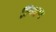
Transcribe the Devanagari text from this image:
लिल्हता